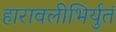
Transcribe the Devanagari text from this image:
हारावलीभिर्युतं